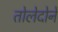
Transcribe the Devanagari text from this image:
तोलेदोने